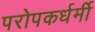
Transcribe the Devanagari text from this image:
परोपकर्धर्मी